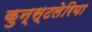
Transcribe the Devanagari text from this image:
कुन्स्टलेरिया